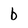
Character: b